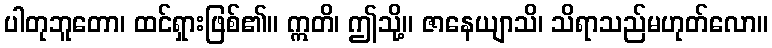
ပါတုဘူတော၊ ထင်ရှားဖြစ်၏။ ဣတိ၊ ဤသို့။ ဇာနေယျာသိ၊ သိရာသည်မဟုတ်လော။